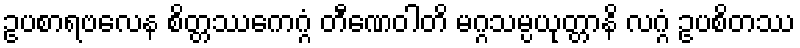
ဥပစာရဗလေန စိတ္တဿေကဂ္ဂံ တီဏေဝါတိ မဂ္ဂသမ္ပယုတ္တာနိ လဂ္ဂံ ဥပစိတဿ